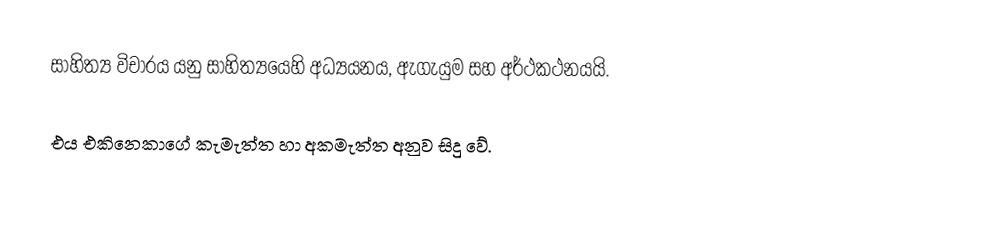
සාහිත්‍ය විචාරය  යනු සාහිත්‍යයෙහි අධ්‍යයනය, ඇගැයුම සහ අර්ථකථනයයි.

එය එකිනෙකාගේ කැමැත්ත හා අකමැත්ත අනුව සිදු වේ.